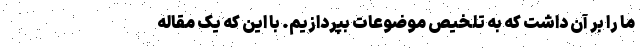
ما را بر آن داشت که به تلخیص موضوعات بپردازیم. با این که یک مقاله